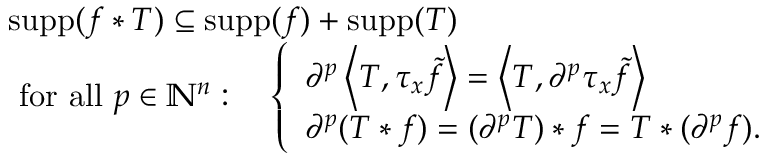
{ \begin{array} { r l } & { \operatorname { s u p p } ( f \ast T ) \subseteq \operatorname { s u p p } ( f ) + \operatorname { s u p p } ( T ) } \\ & { { \mathrm { ~ f o r ~ a l l ~ } } p \in \mathbb { N } ^ { n } : \quad { \left\{ \begin{array} { l l } { \partial ^ { p } \left\langle T , \tau _ { x } { \tilde { f } } \right\rangle = \left\langle T , \partial ^ { p } \tau _ { x } { \tilde { f } } \right\rangle } \\ { \partial ^ { p } ( T \ast f ) = ( \partial ^ { p } T ) \ast f = T \ast ( \partial ^ { p } f ) . } \end{array} \right. } } \end{array} }